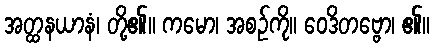
အတ္ထနယာနံ၊ တို့၏။ ကမော၊ အစဉ်ကို။ ဝေဒိတဗ္ဗော၊ ၏။